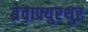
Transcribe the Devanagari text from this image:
ब्रेव़ाफ्युरथुर